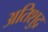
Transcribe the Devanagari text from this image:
अतिशुद्र